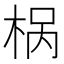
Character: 𣒌